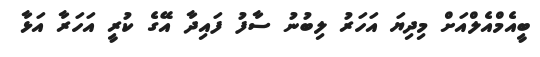
ބީއެމްއެލްއަށް މިދިޔަ އަހަރު ލިބުނު ސާފު ފައިދާ އޭގެ ކުރީ އަހަރާ އަޅާ